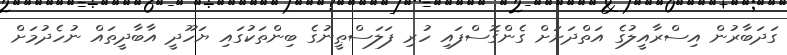
ގަދަބާރުން އިސްރާއީލުގެ އަތްދަށަށް ގެންގޮސްފައި ހުރި ފަލަސްޠީނުގެ ބިންތަކުގައި ޔަހޫދީ އާބާދީތައް ނުހެދުމަށް